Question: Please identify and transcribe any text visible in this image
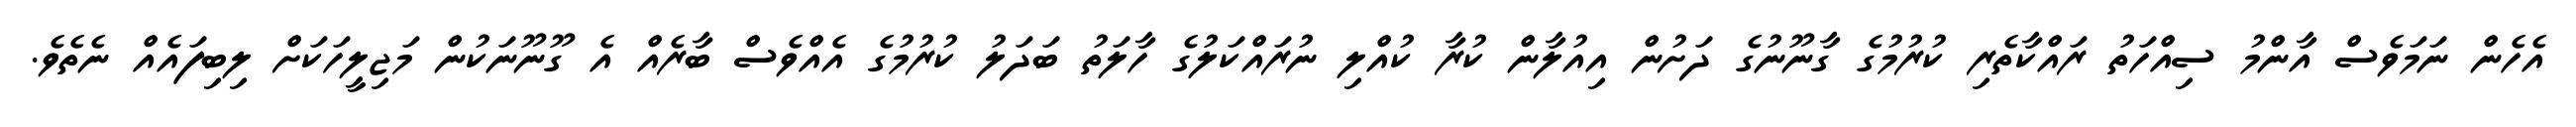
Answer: އެހެން ނަމަވެސް އާންމު ސިއްހަތު ރައްކާތެރި ކުރުމުގެ ގާނޫނުގެ ދަށުން އިއުލާން ކުރާ ކުއްލި ނުރައްކަލުގެ ހާލަތު ބަދަލު ކުރުމުގެ އެއްވެސް ބާރެއް އެ ގޫނޫނަކުން މަޖިލީހަކަށް ލިބިފައެއް ނެތެވެ.